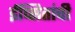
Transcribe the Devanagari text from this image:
ईप्सितांची